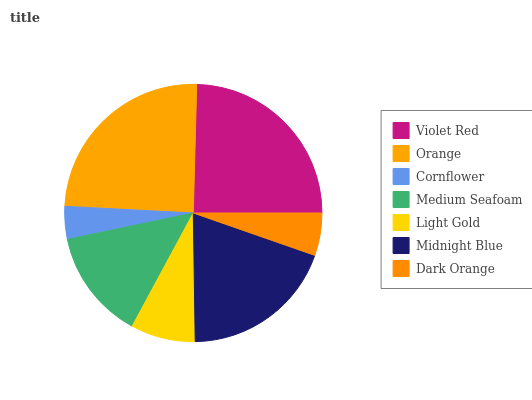
| Violet Red | Orange | Cornflower | Medium Seafoam | Light Gold | Midnight Blue | Dark Orange |
 | --- | --- | --- | --- | --- | --- | --- |
 | 24.5% | 24.7% | 4.11% | 13.8% | 8.12% | 19.4% | 5.33% |